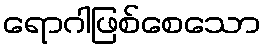
ရောဂါဖြစ်စေသော